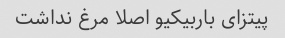
پیتزای باربیکیو اصلا مرغ نداشت